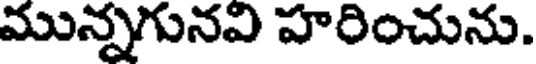
మున్నగునవి హరించును.